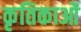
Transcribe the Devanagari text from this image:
कृतिकाओं